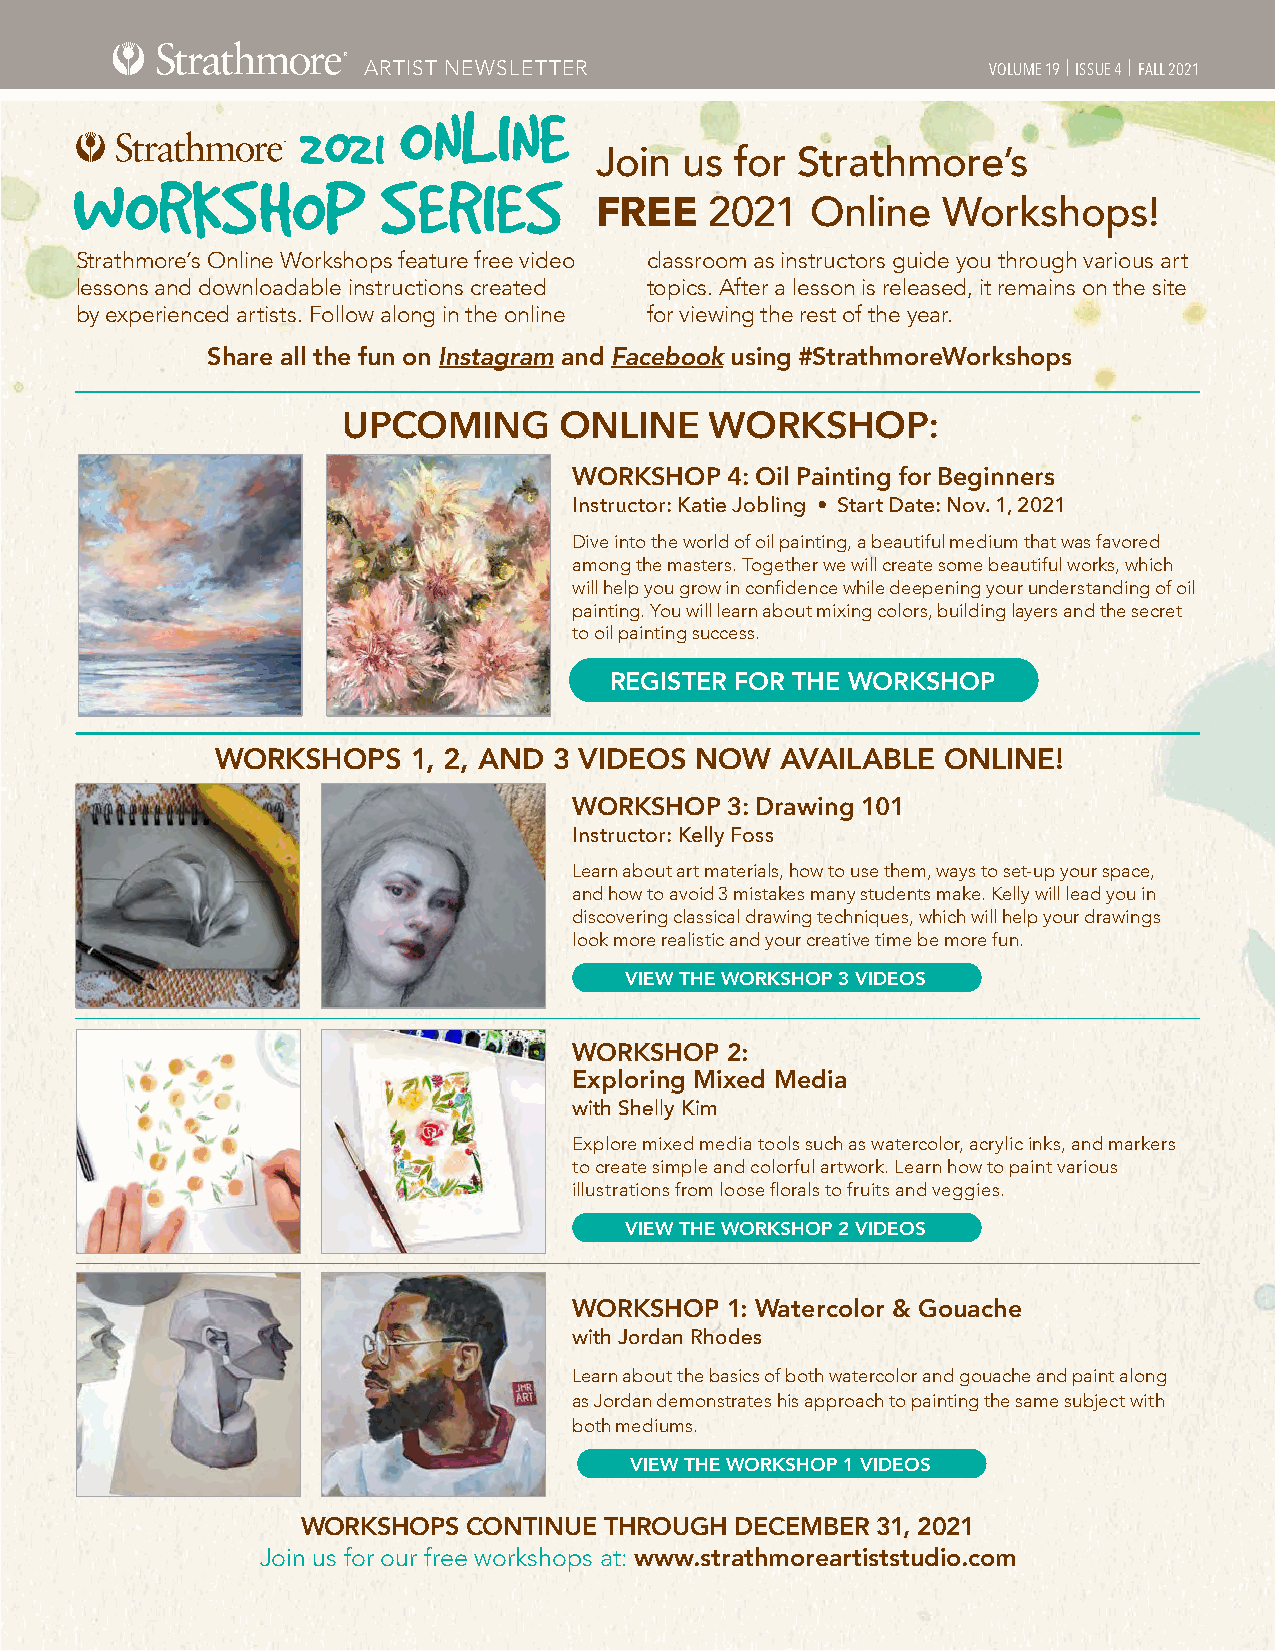
ARTIST NEWSLETTER                         VOLUME 19 | ISSUE 4 | FALL 2021
 ONLINE
 2021
 Join  us  for Strathmore’s
 WORKSHOP            SERIES
 FREE    2021   Online  Workshops!
 Strathmore’s Online Workshops feature free video classroom as instructors guide you through various art
 lessons and downloadable instructions created topics. After a lesson is released, it remains on the site
 by experienced artists. Follow along in the online for viewing the rest of the year.
 Share all the fun on Instagram and Facebook using #StrathmoreWorkshops
 UPCOMING      ONLINE    WORKSHOP:
 WORKSHOP  4: Oil Painting for Beginners
 Instructor: Katie Jobling • Start Date: Nov. 1, 2021
 Dive into the world of oil painting, a beautiful medium that was favored
 among the masters. Together we will create some beautiful works, which
 will help you grow in confidence while deepening your understanding of oil
 painting. You will learn about mixing colors, building layers and the secret
 to oil painting success.
 REGISTER FOR THE WORKSHOP
 WORKSHOPS    1, 2, AND 3 VIDEOS NOW   AVAILABLE ONLINE!
 WORKSHOP  3: Drawing 101
 Instructor: Kelly Foss
 Learn about art materials, how to use them, ways to set-up your space,
 and how to avoid 3 mistakes many students make. Kelly will lead you in
 discovering classical drawing techniques, which will help your drawings
 look more realistic and your creative time be more fun.
 VIEW THE WORKSHOP 3 VIDEOS
 WORKSHOP  2:
 Exploring Mixed Media
 with Shelly Kim
 Explore mixed media tools such as watercolor, acrylic inks, and markers
 to create simple and colorful artwork. Learn how to paint various
 illustrations from loose florals to fruits and veggies.
 VIEW THE WORKSHOP 2 VIDEOS
 WORKSHOP  1: Watercolor & Gouache
 with Jordan Rhodes
 Learn about the basics of both watercolor and gouache and paint along
 as Jordan demonstrates his approach to painting the same subject with
 both mediums.
 VIEW THE WORKSHOP 1 VIDEOS
 WORKSHOPS  CONTINUE THROUGH  DECEMBER 31, 2021
 Join us for our free workshops at: www.strathmoreartiststudio.com
 www.strathmoreartist.com                                    ® used under license from Mohawk Fine Papers Inc.